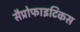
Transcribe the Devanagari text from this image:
सैप्रोफाइटिकस